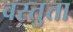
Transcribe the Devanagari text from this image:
वस्तुता